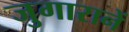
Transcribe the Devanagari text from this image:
जुगारानें